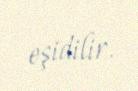
eşidilir.